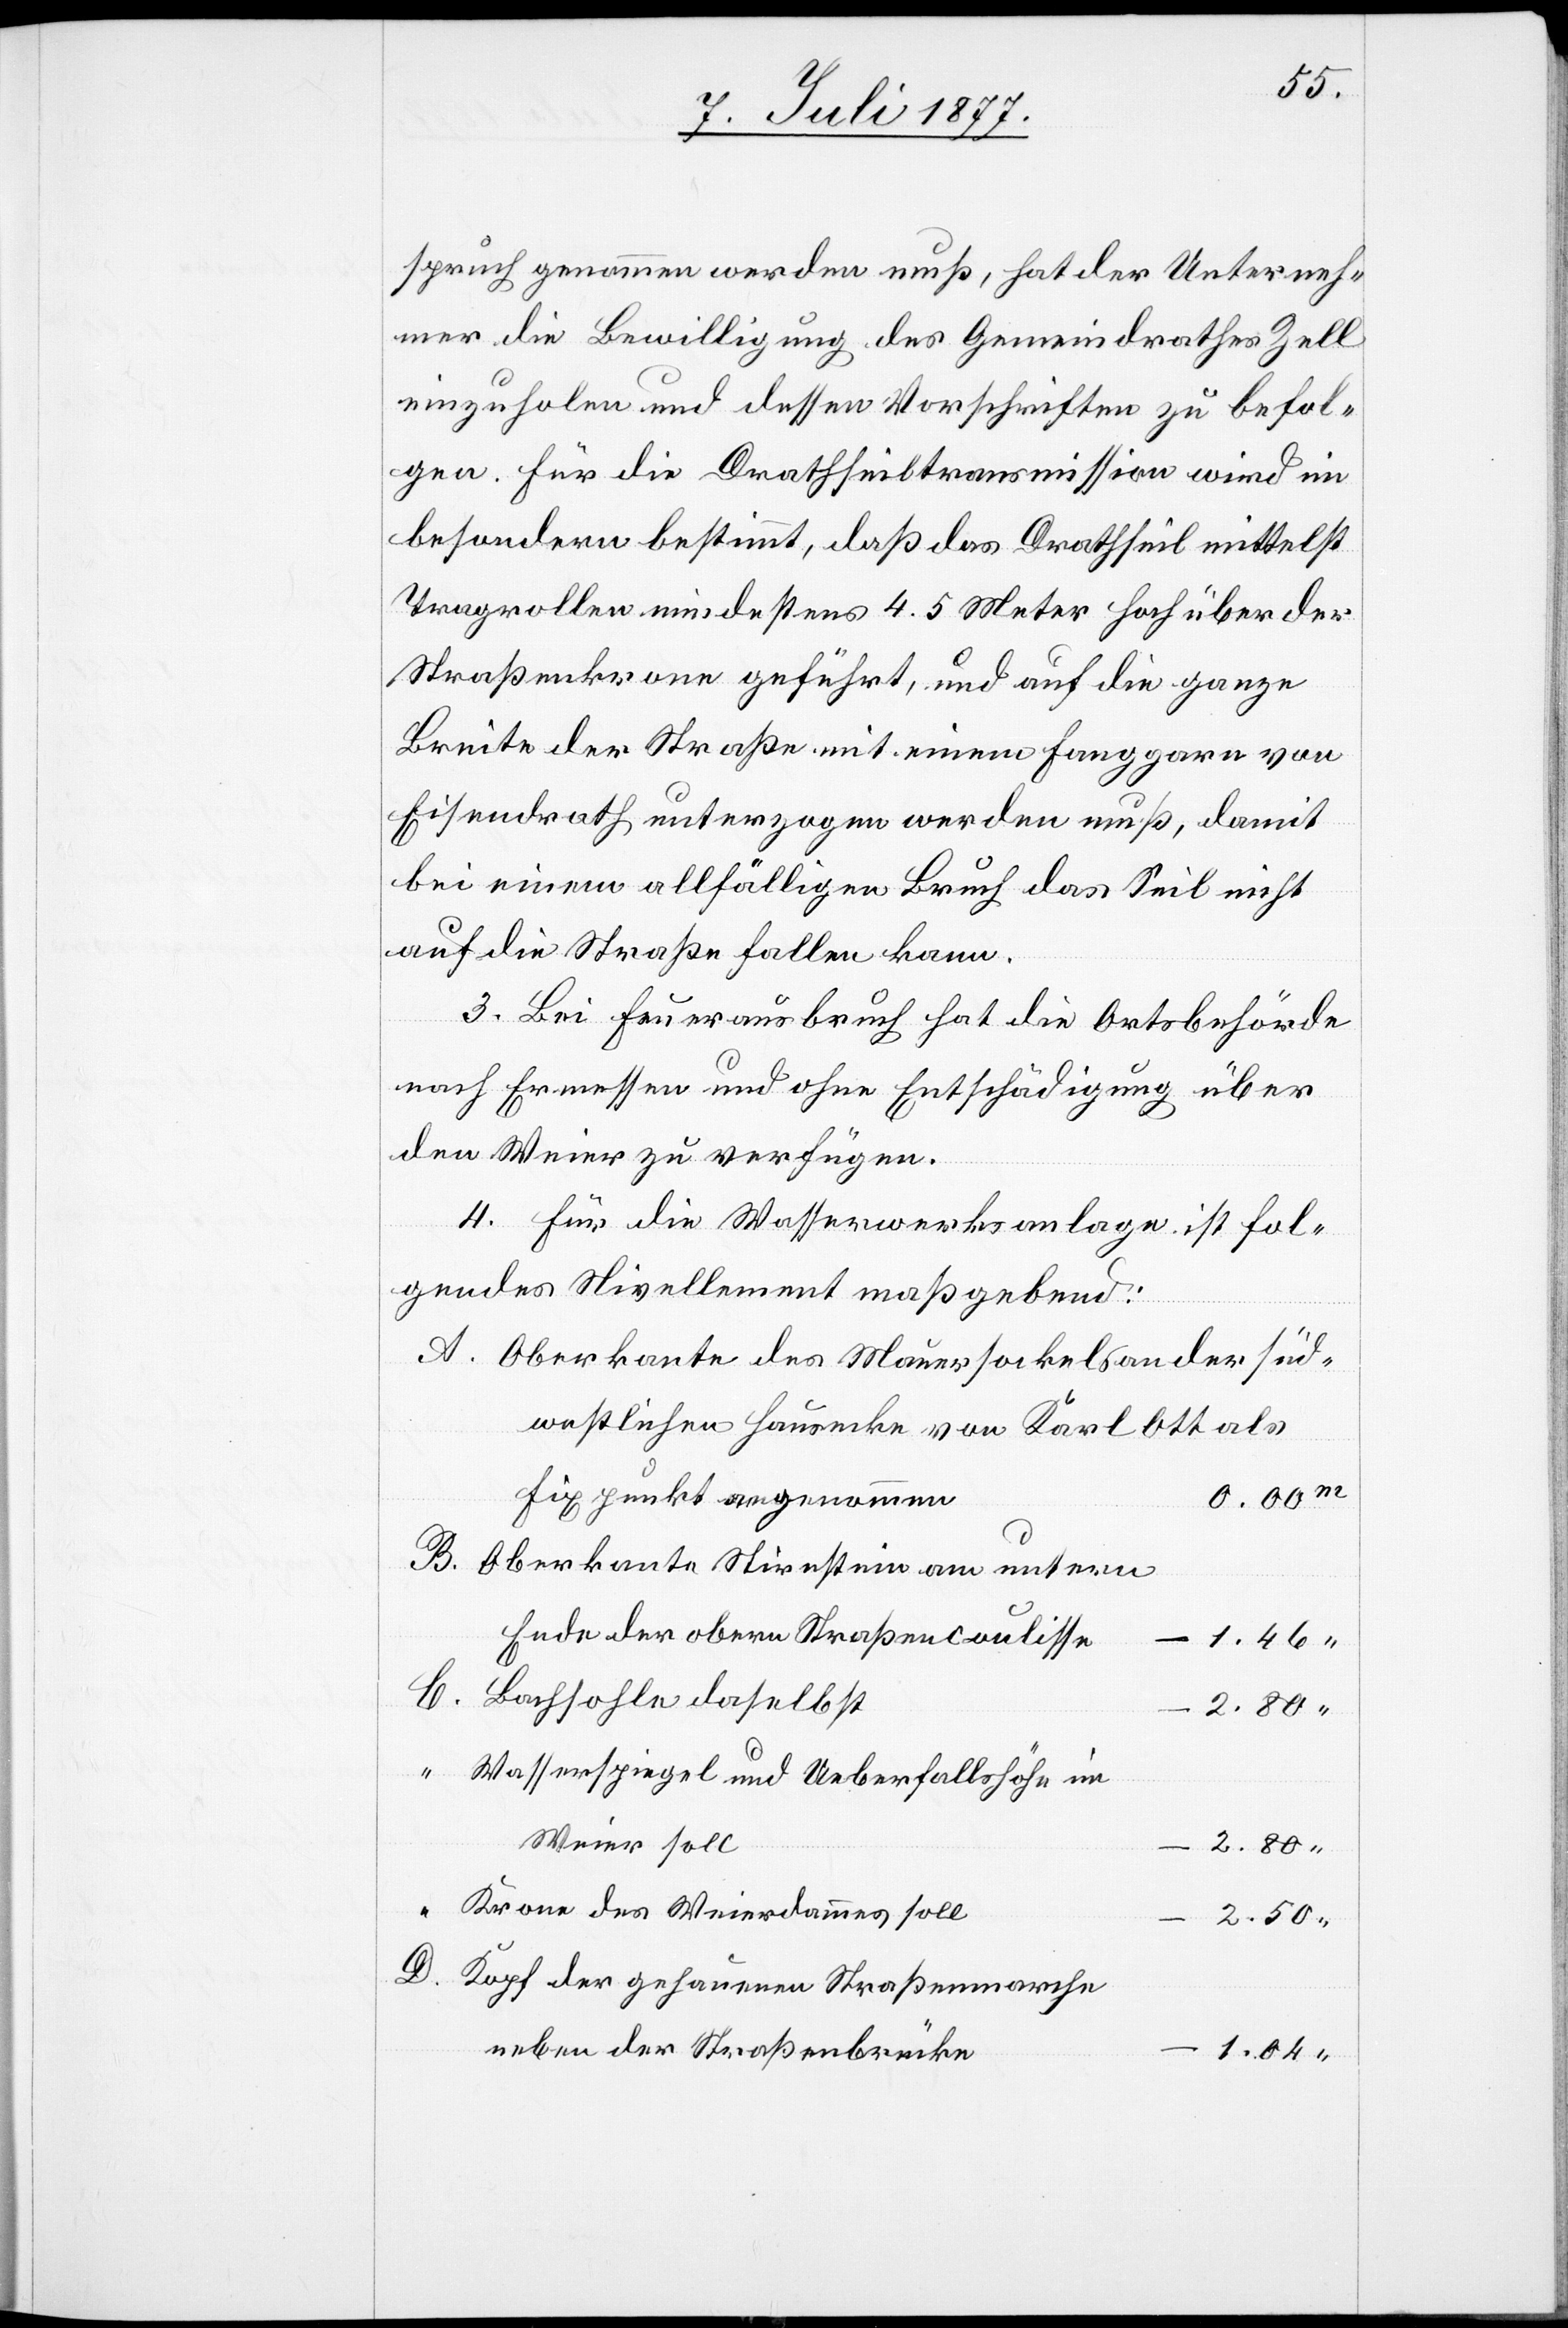
spruch genommen werden muß, hat der Unterneh¬
mer die Bewilligung des Gemeindrathes Zell
einzuholen und dessen Vorschriften zu befol¬
gen. Für die Drathseiltransmission wird im
besondern bestimmt, daß das Drathseil mittelst
Tragrollen mindestens 4.5 Meter hoch über der
Straßenkrone geführt, und auf die ganze
Breite der Straße mit einem Fanggarn von
Eisendrath unterzogen werden muß, damit
bei einem allfälligen Bruch das Seil nicht
auf die Straße fallen kann.
3. Bei Feuerausbruch hat die Ortsbehörde
nach Ermessen und ohne Entschädigung über
den Weier zu verfügen.
4. Für die Wasserwerksanlage ist fol¬
gendes Nivellement maßgebend:
A.
Oberkante des Mauersockels an der süd¬
westlichen Hausecke von Karl Ott als
Fixpunkt angenommen
0.00m
B.
Oberkante Stirnstein am untern
Ende der obern Straßencoulisse
1.46 “
Bachsohle daselbst
2.80 “
Wasserspiegel und Ueberfallshöhe im
Weier soll
2.80
Krone des Weierdammes soll
2.50
Kopf der gehauenen Straßenmarche
neben der Straßenbrücke
1.04